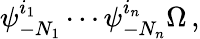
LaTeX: \psi_{-N_{1}}^{i_{1}}\cdots\psi_{-N_{n}}^{i_{n}}\Omega\, ,